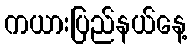
ကယားပြည်နယ်နေ့